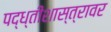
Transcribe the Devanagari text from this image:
पद्ध्तीशास्त्रावर